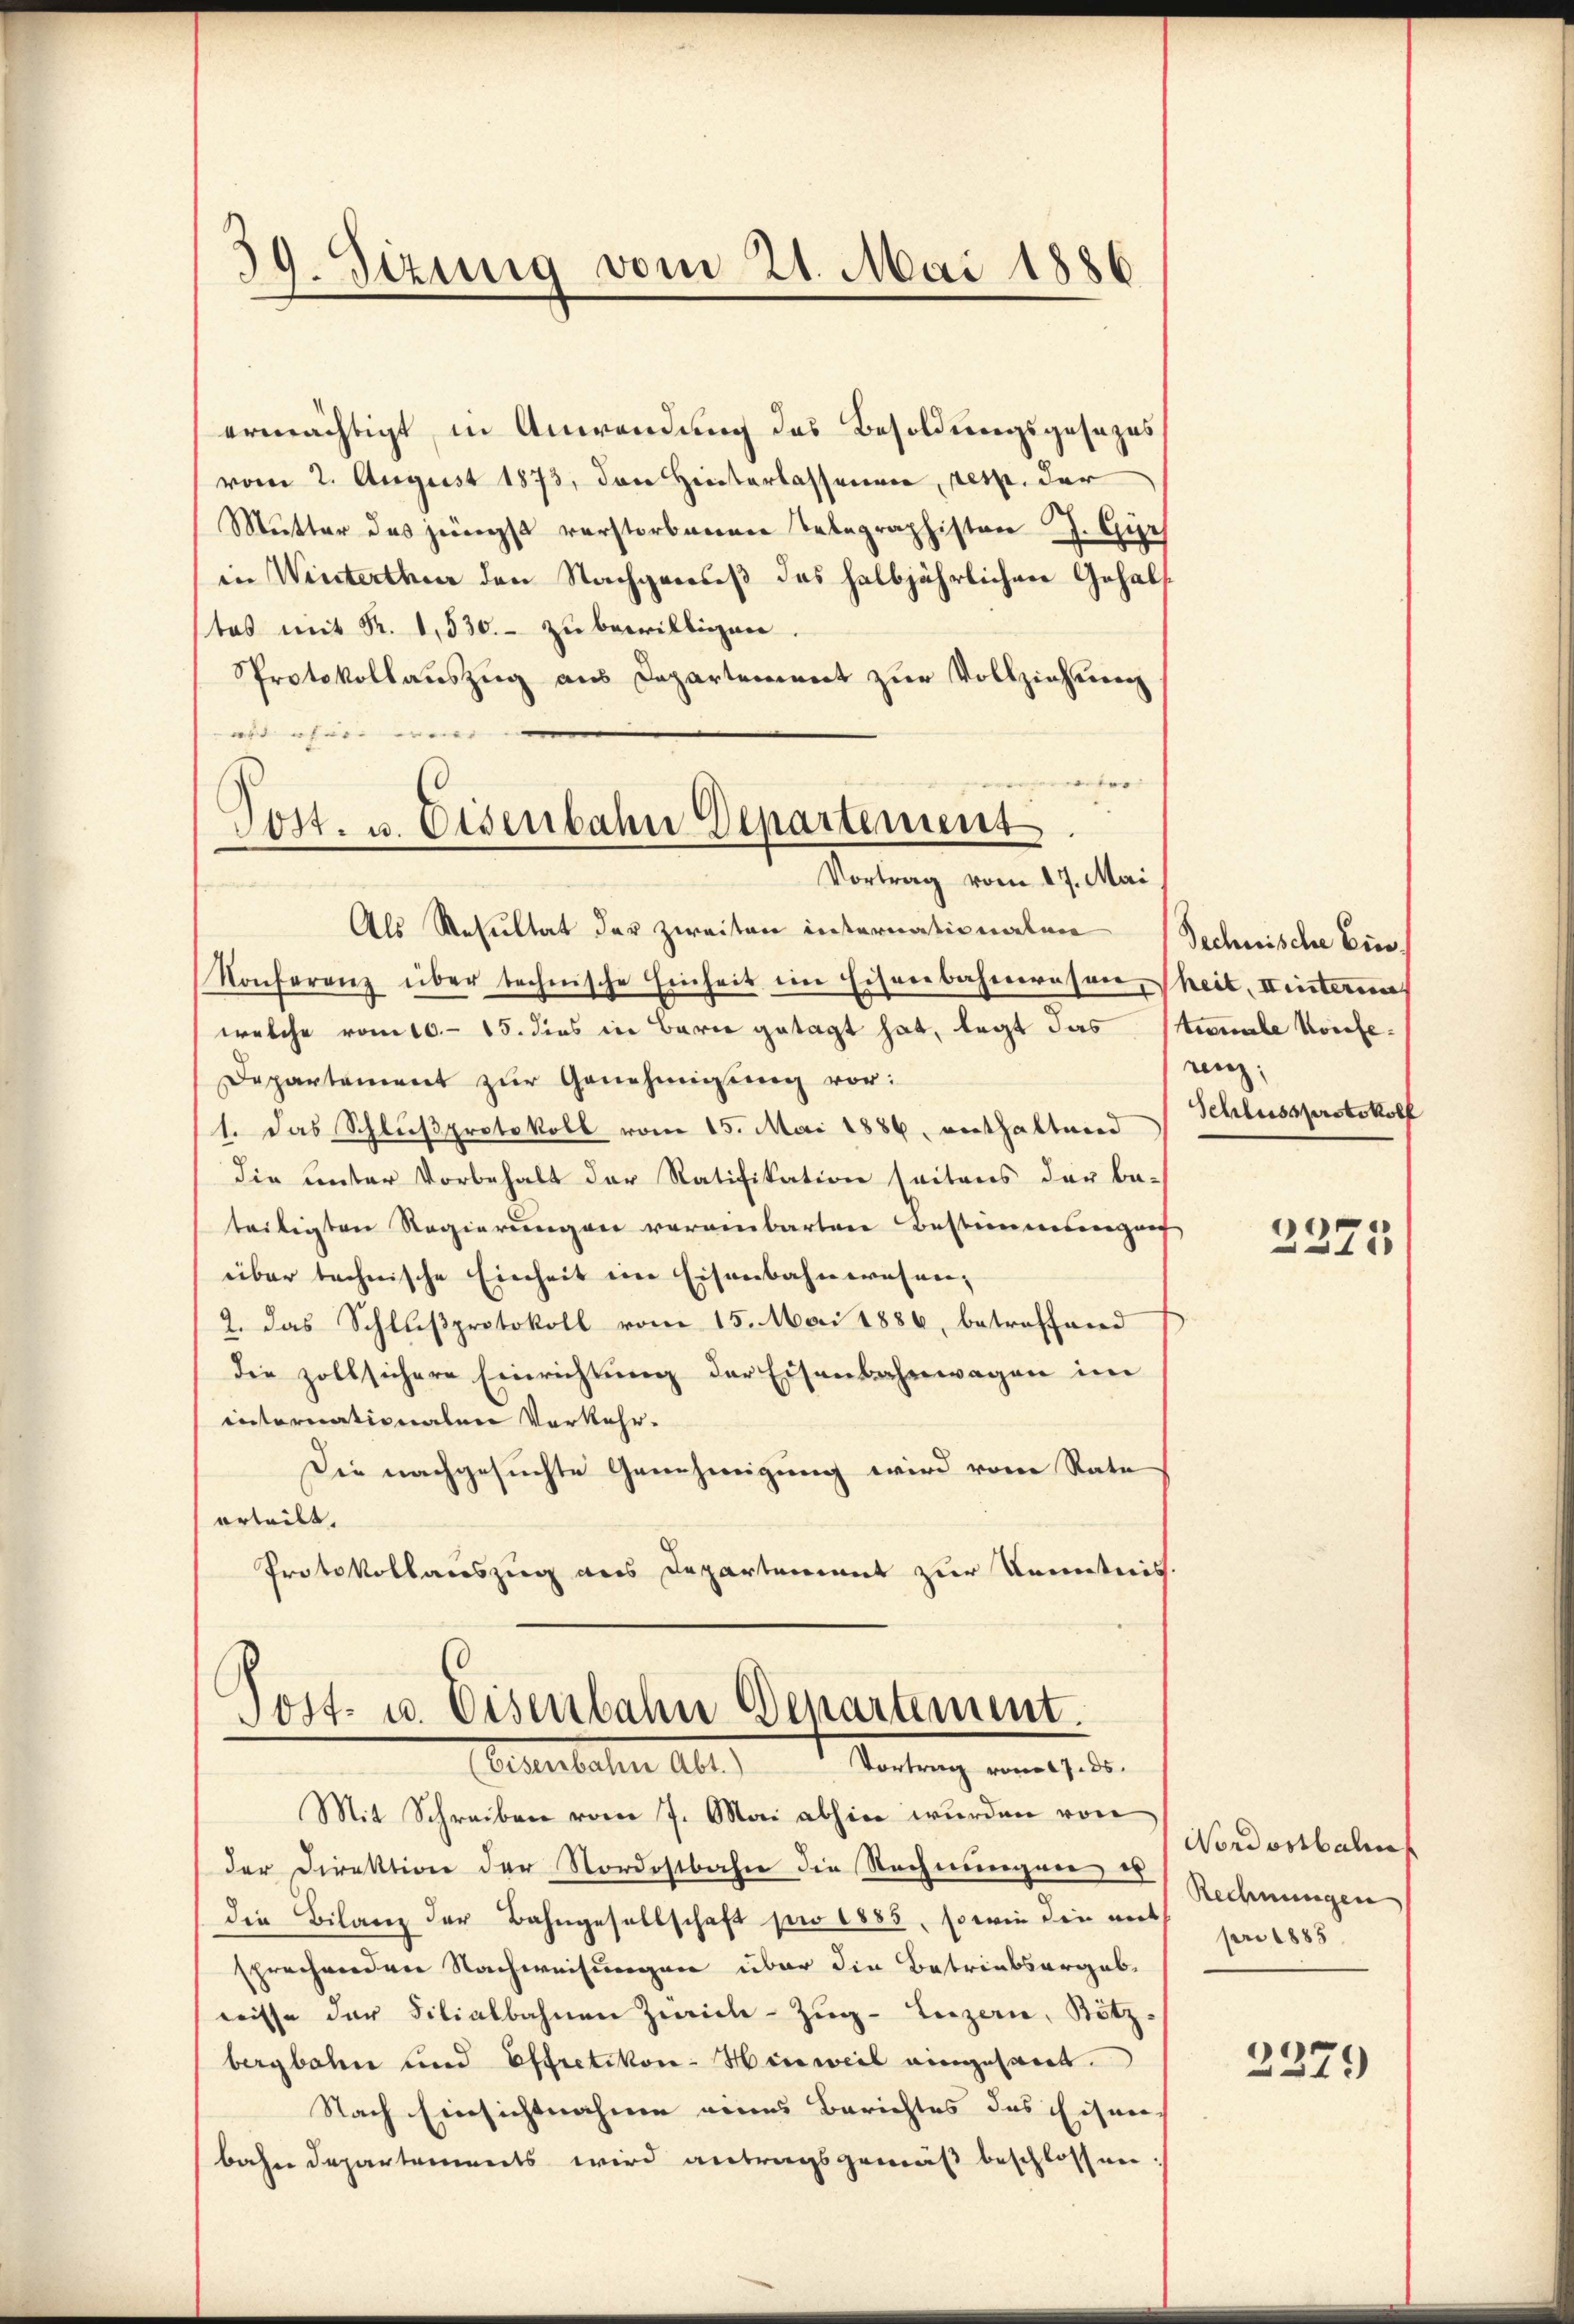
39. Sizung vom 21. Mai 1886

ermächtigt, in Anwendung des Besoldungsgesezes
vom 2. August 1873, das Hinterlassenen, resp. der
Mutter das jüngst verstorbenen Telegraphisten J. Gie
in Winterthur den Nachgenuß des halbjährlichen Gehaltes mit R. 1. 530.- zŭ bewilligen.
Sprotokollauszug aus Departement zur Vollziehung
i her
be
Post- u. Eisenbahn Departement

Vortrag vom 17. Mai
Als Resultat der zweiten internationalen Schnische Ein¬

Konferenz über technische Einheit im Eisenbahneresen, Theit, Linteria
welche vom 10. 15. dies in Berne getagt hat, legt das Sturmale Konfe¬
Departement zur Genehmigung vor:
1. Das Schlußprotokoll vom 15. Mai 1886, enthaltend
Die unter Vorbehalt der Ratifikation seitens der be-
teiligten Regierungen vereinbarten Bestimmungen
über technische Einheit im Eisenbahnwesen,
2. das Schlußprotokoll vom 15. Mai 1886, betreffend
Die zollsichere Einrichtung der Eisenbahnwagen im
internationalen Vorkehr.
Die nachgesuchte Genehmigung wird von Rate
erteilt.
Protokollauszug aus Departement zur Kenntnis.

Post- u. Eisenbahn denartement.
(Eisenbahn Abt. Vortrag vom 17. ds.

Mit Schreiben vom 7. Mai abhin wurden von
der Direktion der Nordostbahn die Rechnungen, es
die Bilanz der Bahngesellschaft pro 1885, so wie den niet
sprechenden Nachweisungen über die Betriebsergebnisse der Filialbahnen Zürich–Zug–Luzern, Bötzbergbahn und Effretikon-Hinweil eingesant.
Nach Einsichtnahme eines Berichtes des Eisen,
bahn Departements wird antragsgemäß beschlossen:

renz,
Schlussprotokoll

2375

Nordostbahn
Rechnungen
pro 1883.

2379